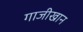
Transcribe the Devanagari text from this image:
गाजीखान